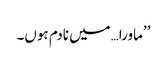
’’ماورا…میں نادم ہوں۔